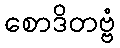
စောဒိတဗ္ဗံ